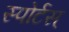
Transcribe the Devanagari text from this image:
स्पोर्टस्‌